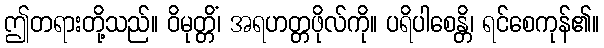
ဤတရားတို့သည်။ ဝိမုတ္တိံ၊ အရဟတ္တဖိုလ်ကို။ ပရိပါစေန္တိ၊ ရင်စေကုန်၏။